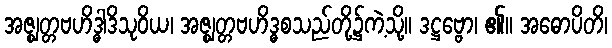
အဇ္ဈတ္တဗဟိဒ္ဓါဒိသုဝိယ၊ အဇ္ဈတ္တဗဟိဒ္ဓစသည်တို့၌ကဲ့သို့။ ဒဋ္ဌဗ္ဗော၊ ၏။ အဓောပိတိ၊